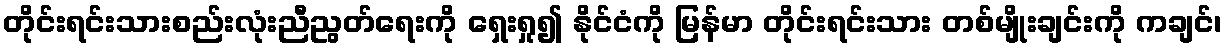
တိုင်းရင်းသားစည်းလုံးညီညွတ်ရေးကို ရှေးရှု၍ နိုင်ငံကို မြန်မာ တိုင်းရင်းသား တစ်မျိုးချင်းကို ကချင်၊